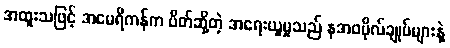
အထူးသဖြင့် အမေရိကန်က ပိတ်ဆို့တဲ့ အရေးယူမှုသည် နအဖဗိုလ်ချုပ်များနဲ့